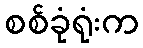
စစ်ခုံရုံးက